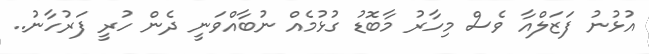
އުޅުނު ފަޒަލްއާ ވެސް މިހާރު މާބޮޑު ގުޅުމެއް ނުބާއްވަނީ ދެން ހުރީ ފަރުހާނު..